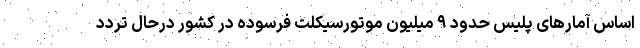
اساس آمارهای پلیس حدود ۹ میلیون موتورسیکلت فرسوده در کشور درحال تردد